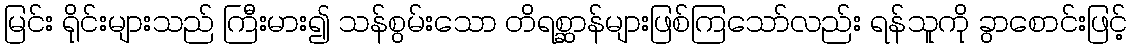
မြင်း ရိုင်းများသည် ကြီးမား၍ သန်စွမ်းသော တိရစ္ဆာန်များဖြစ်ကြသော်လည်း ရန်သူကို ခွာစောင်းဖြင့်